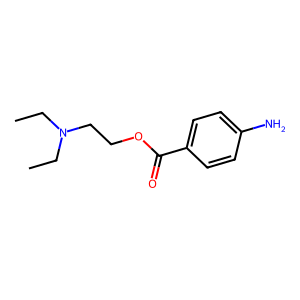
SMILES: CCN(CC)CCOC(=O)c1ccc(N)cc1
Inhibits HIV replication: No